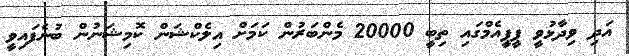
އަދި ވިދާޅުވީ ޕީޕީއެމްގައި ތިބީ 20000 މެންބަރުން ކަމަށް އިލެކްޝަން ކޮމިޝަނުން ބުނެފައިވީ